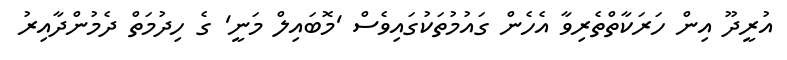
އުރީދޫ އިން ހަރަކާތްތެރިވާ އެހެން ގައުމުތަކުގައިވެސް 'މޮބައިލް މަނީ' ގެ ހިދުމަތް ދެމުންދާއިރު